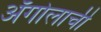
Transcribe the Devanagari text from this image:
अँगोलाची